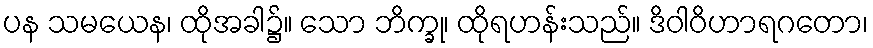
ပန သမယေန၊ ထိုအခါ၌။ သော ဘိက္ခု၊ ထိုရဟန်းသည်။ ဒိဝါဝိဟာရဂတော၊